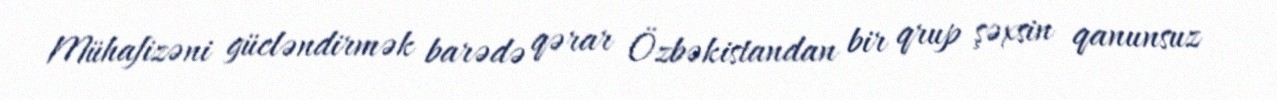
Mühafizəni gücləndirmək barədə qərar Özbəkistandan bir qrup şəxsin qanunsuz